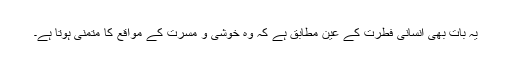
یہ بات بھی انسانی فطرت کے عین مطابق ہے کہ وہ خوشی و مسرت کے مواقع کا متمنی ہوتا ہے۔